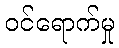
ဝင်ရောက်မှု